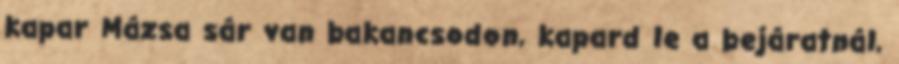
kapar Mázsa sár van bakancsodon, kapard le a bejáratnál,